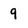
Character: 9